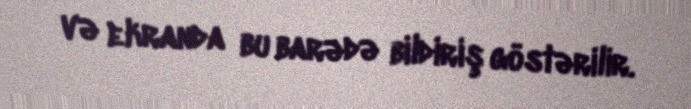
və ekranda bu barədə bildiriş göstərilir.